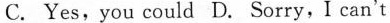
C. Yes,you could D. Sorry,I can't